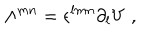
LaTeX: \Lambda ^ { m n } = \epsilon ^ { l m n } \partial _ { l } V \; ,